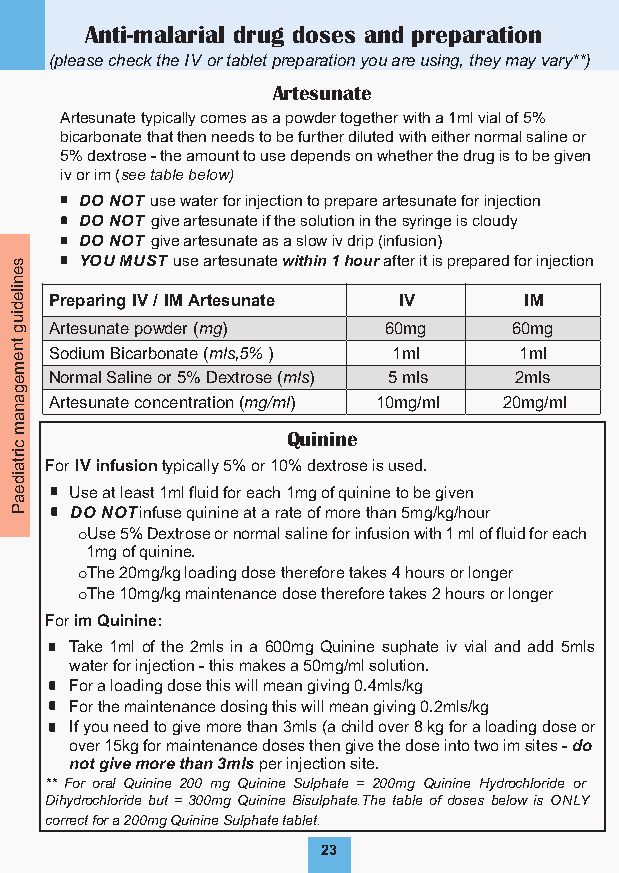
Anti-malarial drug doses and preparation
 (please check the IV or tablet preparation you are using, they may vary** )
 Artesunate
 Artesunate typically comes as a powder together with a 1ml vial of 5%
 bicarbonate that then needs to be further diluted with either normal saline or
 5% dextrose - the amount to use depends on whether the drug is to be given
 iv or im (see table below)
 DO NOT use water for injection to prepare artesunate for injection
 DO NOT give artesunate if the solution in the syringe is cloudy
 DO NOT give artesunate as a slow iv drip (infusion)
 s   YOU MUST use artesunate within 1 hour after it is prepared for injection
 e
 n
 ile
 Preparing IV / IM Artesunate IV IM
 d
 iu
 g Artesunate powder (mg) 60mg    60mg
 tn
 e Sodium Bicarbonate (mls, 5%) 1ml 1ml
 m
 e Normal Saline or 5% Dextrose (mls) 5 mls 2mls
 g
 a Artesunate concentration (mg/ml) 10mg/ml 20mg/ml
 n
 a
 m
 Quinine
 c
 irta
 For IV infusion typically 5% or 10% dextrose is used.
 id
 e   Use at least 1ml fluid for each 1mg of quinine to be given
 a
 P   DO NOT infuse quinine at a rate of more than 5mg/kg/hour
 oUse 5% Dextrose or normal saline for infusion with 1 ml of fluid for each
 1mg of quinine.
 oThe 20mg/kg loading dose therefore takes 4 hours or longer
 oThe 10mg/kg maintenance dose therefore takes 2 hours or longer
 For im Quinine:
 Take 1ml of the 2mls in a 600mg Quinine suphate iv vial and add 5mls
 water for injection - this makes a 50mg/ml solution.
 For a loading dose this will mean giving 0.4mls/kg
 For the maintenance dosing this will mean giving 0.2mls/kg
 If you need to give more than 3mls (a child over 8 kg for a loading dose or
 over 15kg for maintenance doses then give the dose into two im sites - do
 not give more than 3mls per injection site.
 ** For oral Quinine 200 mg Quinine Sulphate = 200mg Quinine Hydrochloride or
 Dihydrochloride but = 300mg Quinine Bisulphate.T he table of doses below is ONLY
 correct for a 200mg Quinine Sulphate tablet.
 23